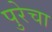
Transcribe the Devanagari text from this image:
पुरेचा